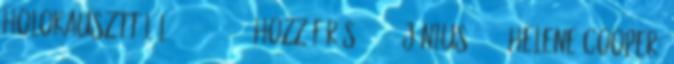
holokauszttúlélő, 2012.11.29. Hozzáférés: 2015. június 20. ↑ Helene Cooper: